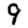
Digit: 9